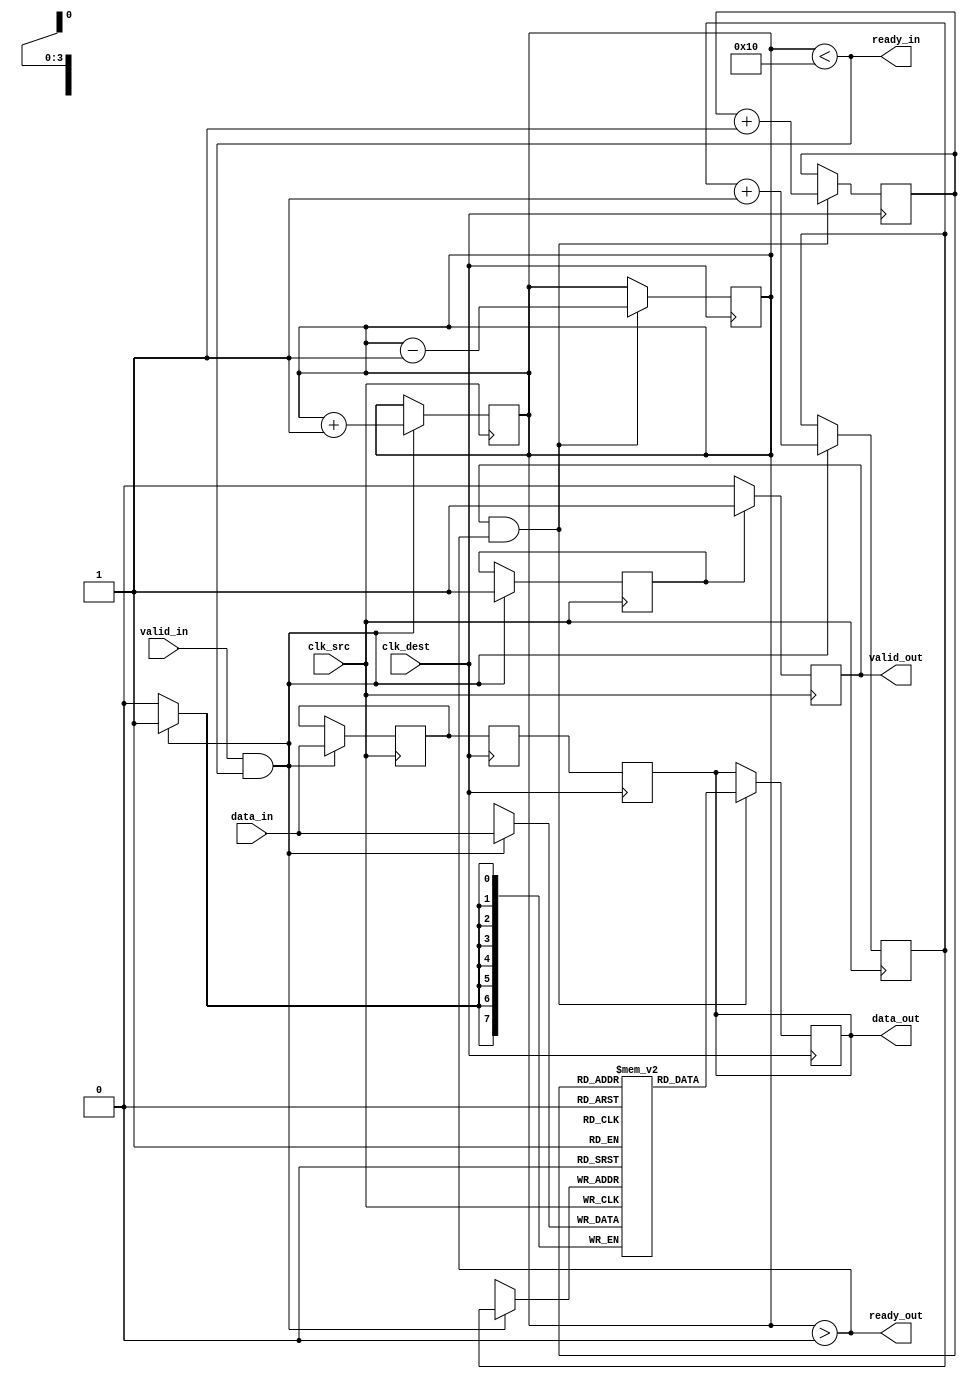
module memory_blocks_pipeline_synchronizer #(
    parameter DATA_WIDTH = 8,
    parameter FIFO_DEPTH = 16
)(
    input wire clk_src,                // Source clock
    input wire clk_dest,               // Destination clock
    input wire [DATA_WIDTH-1:0] data_in, // Data input from source clock domain
    input wire valid_in,               // Valid signal for input data
    output wire [DATA_WIDTH-1:0] data_out, // Synchronized data output
    output wire valid_out,             // Valid signal for output data
    output wire ready_in,              // Ready signal for input data
    output wire ready_out              // Ready signal for output data
);

    // FIFO Memory
    reg [DATA_WIDTH-1:0] fifo_mem [0:FIFO_DEPTH-1];
    reg [3:0] write_ptr;
    reg [3:0] read_ptr;
    reg [3:0] fifo_count;

    // Handshaking signals
    reg valid_fifo;
    reg ready_fifo;

    // Input Buffer
    reg [DATA_WIDTH-1:0] input_buffer;
    reg valid_buffer;

    // Synchronization Registers
    reg [DATA_WIDTH-1:0] sync_reg1;
    reg [DATA_WIDTH-1:0] sync_reg2;

    // Write Logic (Source Clock Domain)
    always @(posedge clk_src) begin
        if (valid_in && (fifo_count < FIFO_DEPTH)) begin
            input_buffer <= data_in;
            valid_buffer <= 1'b1;
            fifo_mem[write_ptr] <= data_in;
            write_ptr <= write_ptr + 1;
            fifo_count <= fifo_count + 1;
        end
    end

    // Read Logic (Destination Clock Domain)
    always @(posedge clk_dest) begin
        if (valid_fifo && (fifo_count > 0)) begin
            data_out <= fifo_mem[read_ptr];
            read_ptr <= read_ptr + 1;
            fifo_count <= fifo_count - 1;
        end
    end

    // Synchronization Logic
    always @(posedge clk_dest) begin
        sync_reg1 <= input_buffer; // Capture data from input buffer
        sync_reg2 <= sync_reg1;     // Second stage to minimize metastability
    end

    // Control Logic
    always @(posedge clk_src) begin
        if (valid_buffer) begin
            valid_fifo <= 1'b1;
            ready_fifo <= 1'b1; // Indicate that FIFO is ready to accept data
        end else begin
            valid_fifo <= 1'b0;
            ready_fifo <= 1'b0; // Indicate that FIFO is not ready
        end
    end

    // Output Buffer and Handshaking
    assign data_out = sync_reg2; // Synchronized output
    assign valid_out = valid_fifo; // Valid signal for output
    assign ready_in = (fifo_count < FIFO_DEPTH); // Ready signal for input
    assign ready_out = (fifo_count > 0); // Ready signal for output

endmodule